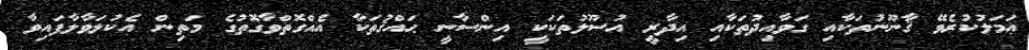
ޢަމަލުކުރެވޭ ޤާނޫނުތަކާއި ގަވާއިދުތަކާއި އިދާރީ އުސޫލުތަކަކީ އިންސާނީ ޙައްޤުތަކާ އެއްގޮތްވާގޮތުގެ މަތިން އެކުލަވާލާފައިވާ